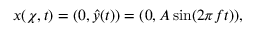
\begin{array} { r } { \b x ( \b \chi , t ) = ( 0 , \hat { y } ( t ) ) = ( 0 , A \sin ( 2 \pi f t ) ) , } \end{array}